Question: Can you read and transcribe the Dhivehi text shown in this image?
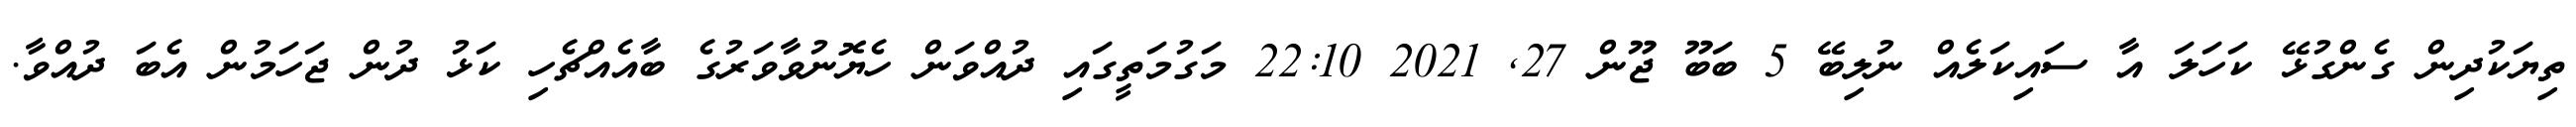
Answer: ތިޔަކުދިން ގެންގުޅޭ ކަހަލަ އާ ސައިކަލެއް ނުލިބޭ 5 ބަބޫ ޖޫން 27, 2021 22:10 މަގުމަތީގައި ދުއްވަން ހެޔޮނުވާވަރުގެ ބާއެއްޗެހި ކަޅު ދުން ޖަހަމުން އެބަ ދުއްވާ.